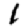
Digit: 1